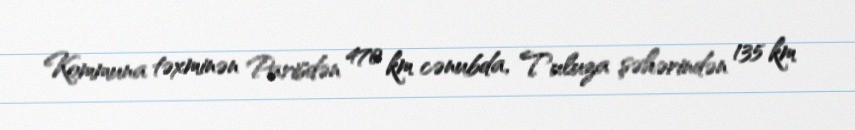
Kommuna təxminən Parisdən 470 km cənubda, Tuluza şəhərindən 135 km